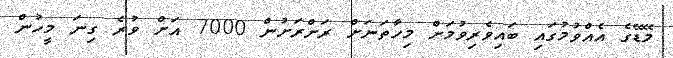
މޭޑޭގެ އެއްވުމުގައި ބައިވެރިވުމަށް މިހާތަނަށް ރަށްރަށުން 7000 އަށް ވުރެ ގިނަ މީހުން